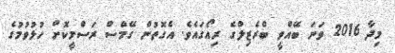
މިދާ 2016 ވަނަ ބޭއްވީ ބްރެޒިލްގެ ރިއޯގައެވެ. އެގޮތުން ގޭމްސް ރަސްމީކޮށް ހުޅުވުމުގެ